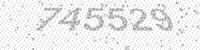
Solution: 745529